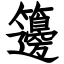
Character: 籩